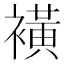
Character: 𧝒